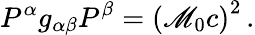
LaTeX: P^{\alpha}g_{\alpha\beta}P^{\beta}=\left(\mathscr{M}_{0}c\right)^{2}\, .